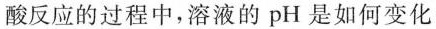
酸反应的过程中，溶液的pH是如何变化